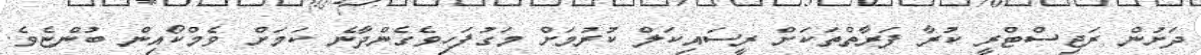
ދަށުން ރަޖިސްޓްރީ ކުރާ ފަރާތްތަކަށް ރީސައިކަލް ކުރުމަށް މަގުފަހިވެގެންދާނެ ކަމަށް ވެމްކޯއިން ބުންޏެވެ.